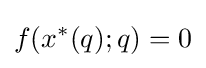
f(x^{*}(q);q)=0